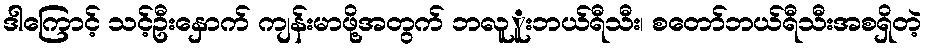
ဒါကြောင့် သင့်ဦးနှောက် ကျန်းမာဖို့အတွက် ဘလူူးဘယ်ရီသီး၊ စတော်ဘယ်ရီသီးအစရှိတဲ့